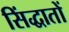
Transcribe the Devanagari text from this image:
सिंद्धातों